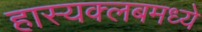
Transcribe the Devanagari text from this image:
हास्यक्लबमध्ये